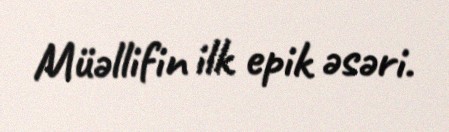
Müəllifin ilk epik əsəri.